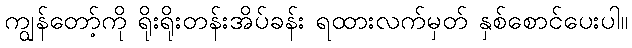
ကျွန်တော့်ကို ရိုးရိုးတန်းအိပ်ခန်း ရထားလက်မှတ် နှစ်စောင်ပေးပါ။